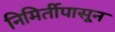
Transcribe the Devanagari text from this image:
निमिर्तीपासून